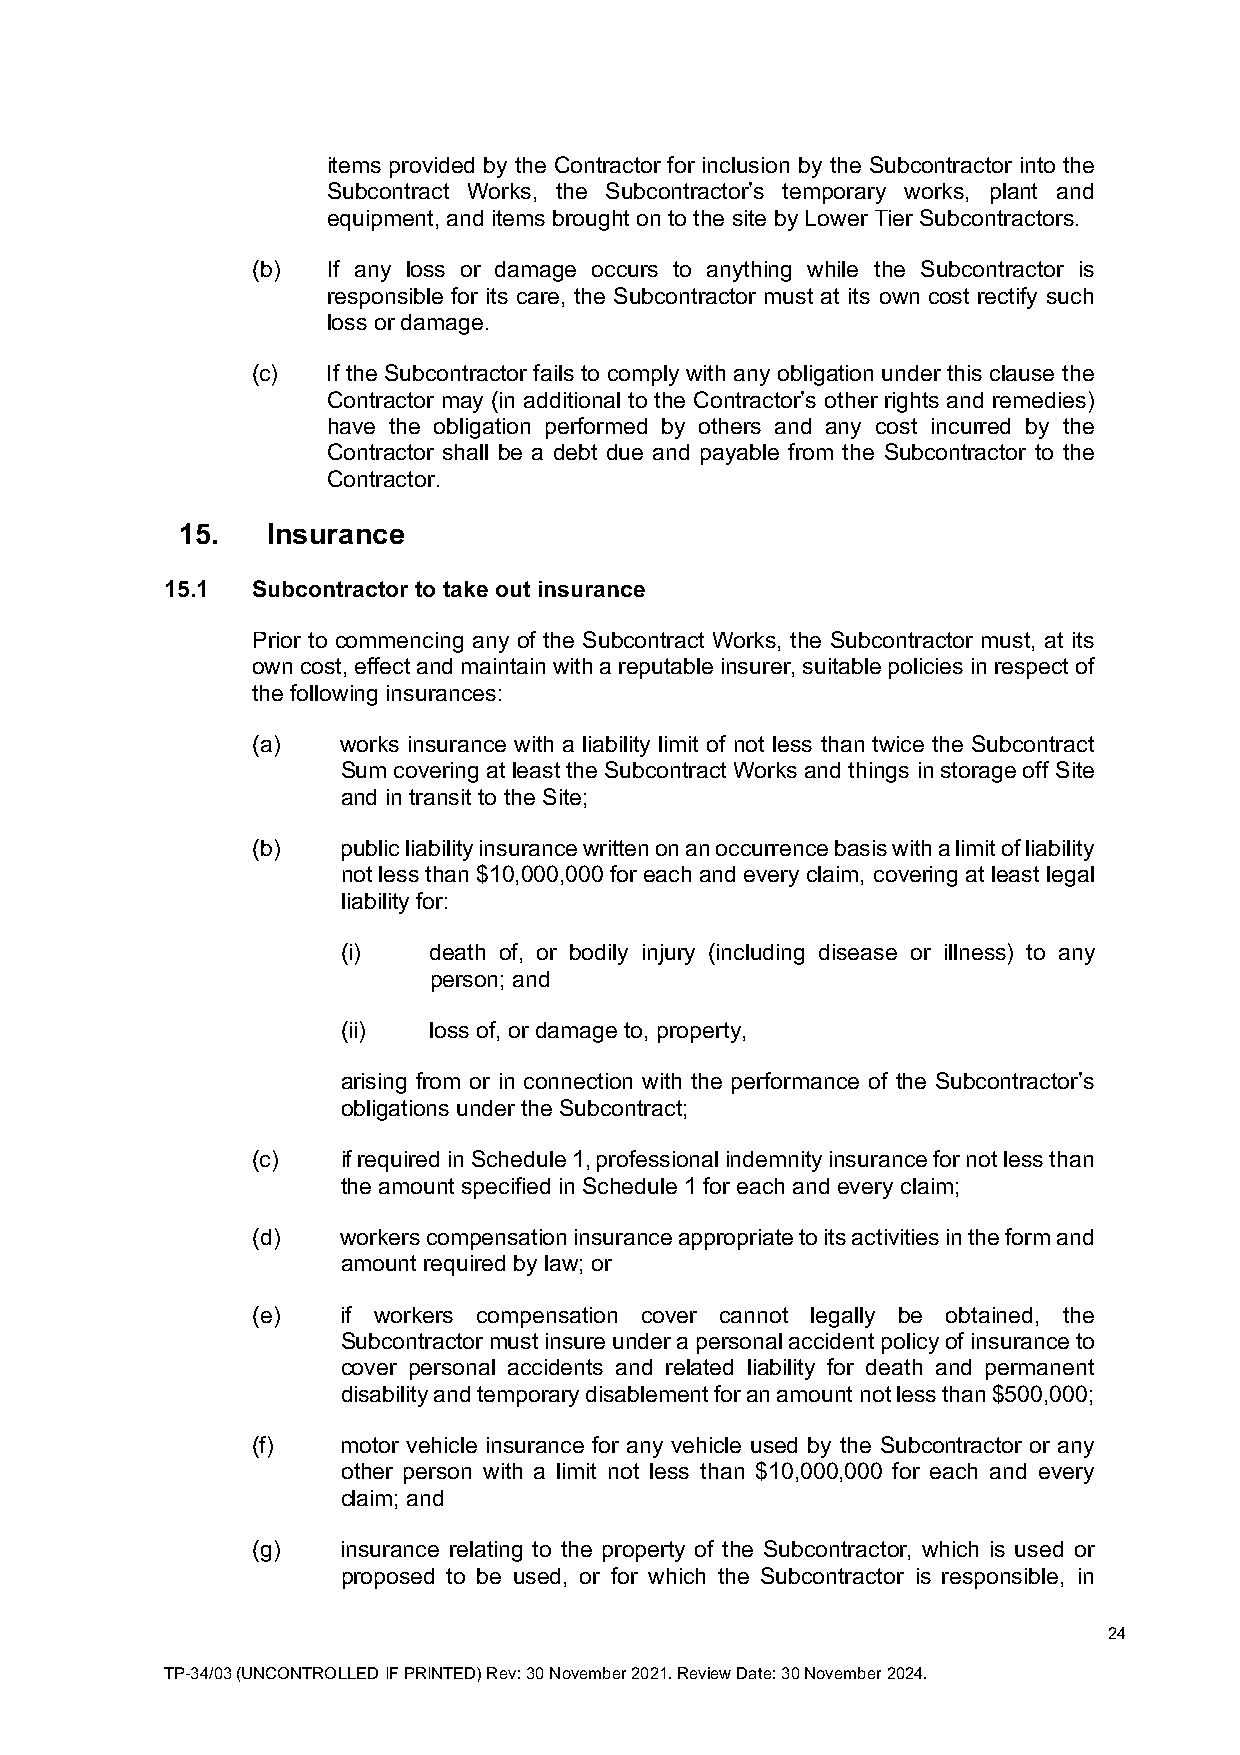
items provided by the Contractor for inclusion by the Subcontractor into the
 Subcontract Works, the Subcontractor’s temporary works, plant and
 equipment, and items brought on to the site by Lower Tier Subcontractors.
 (b)  If any loss or damage occurs to anything while the Subcontractor is
 responsible for its care, the Subcontractor must at its own cost rectify such
 loss or damage.
 (c)  If the Subcontractor fails to comply with any obligation under this clause the
 Contractor may (in additional to the Contractor’s other rights and remedies)
 have the obligation performed by others and any cost incurred by the
 Contractor shall be a debt due and payable from the Subcontractor to the
 Contractor.
 15.   Insurance
 15.1  Subcontractor to take out insurance
 Prior to commencing any of the Subcontract Works, the Subcontractor must, at its
 own cost, effect and maintain with a reputable insurer, suitable policies in respect of
 the following insurances:
 (a)   works insurance with a liability limit of not less than twice the Subcontract
 Sum covering at least the Subcontract Works and things in storage off Site
 and in transit to the Site;
 (b)   public liability insurance written on an occurrence basis with a limit of liability
 not less than $10,000,000 for each and every claim, covering at least legal
 liability for:
 (i)  death of, or bodily injury (including disease or illness) to any
 person; and
 (ii) loss of, or damage to, property,
 arising from or in connection with the performance of the Subcontractor’s
 obligations under the Subcontract;
 (c)   if required in Schedule 1, professional indemnity insurance for not less than
 the amount specified in Schedule 1 for each and every claim;
 (d)   workers compensation insurance appropriate to its activities in the form and
 amount required by law; or
 (e)   if workers compensation cover cannot legally be obtained, the
 Subcontractor must insure under a personal accident policy of insurance to
 cover personal accidents and related liability for death and permanent
 disability and temporary disablement for an amount not less than $500,000;
 (f)   motor vehicle insurance for any vehicle used by the Subcontractor or any
 other person with a limit not less than $10,000,000 for each and every
 claim; and
 (g)   insurance relating to the property of the Subcontractor, which is used or
 proposed to be used, or for which the Subcontractor is responsible, in
 24
 TP-34/03 (UNCONTROLLED IF PRINTED) Rev: 30 November 2021. Review Date: 30 November 2024.